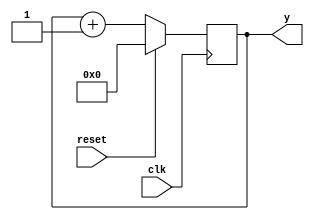
module counter(input clk,input reset, output [3:0] y);
reg [3:0] y;
always@(posedge(clk))
begin
if(reset==1'b1)
y=4'b0000;
else
y=y+1;
end
endmodule